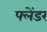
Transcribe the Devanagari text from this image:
फ्लेंडर